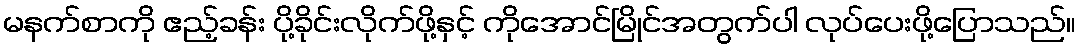
မနက်စာကို ဧည့်ခန်း ပို့ခိုင်းလိုက်ဖို့နှင့် ကိုအောင်မြိုင်အတွက်ပါ လုပ်ပေးဖို့ပြောသည်။